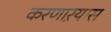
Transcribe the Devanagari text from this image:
करणाऱयास